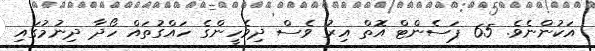
އަކުންނެވެ. 65 ޕަސެންޓް އޮތް އިރު ވެސް ދިވެހީންގެ ހައްގުތައް ހޯދާ ދިނުމުގައި